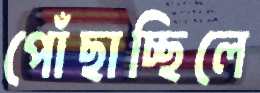
পোঁছাচ্ছিলে